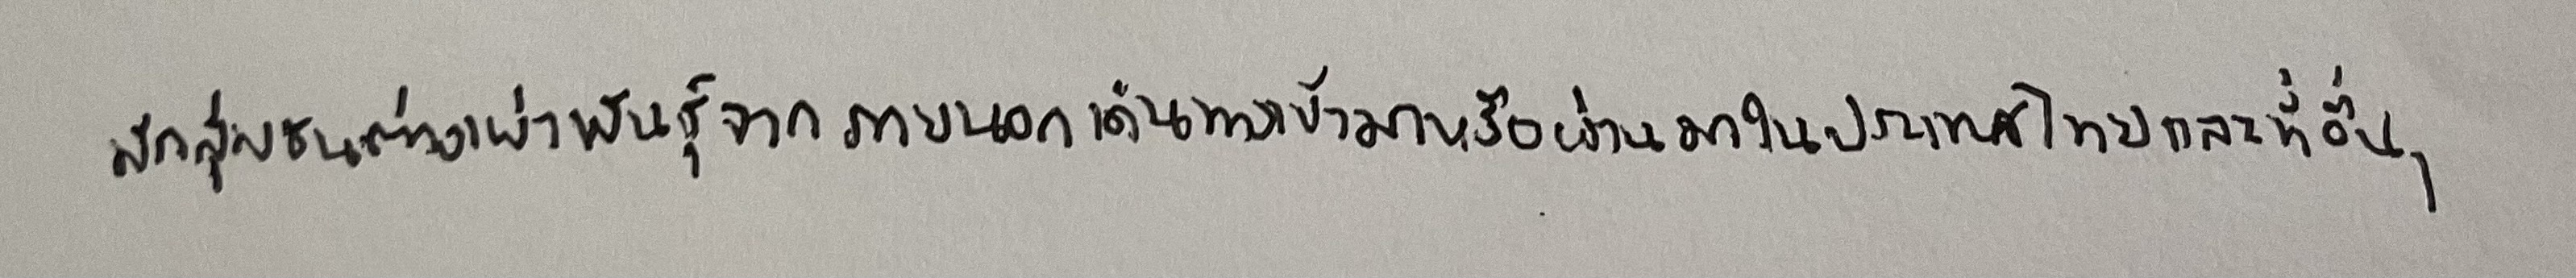
มีกลุ่มชนต่างเผ่าพันธุ์จากภายนอกเดินทางเข้ามาหรือผ่านมาในประเทศไทยและที่อื่นๆ